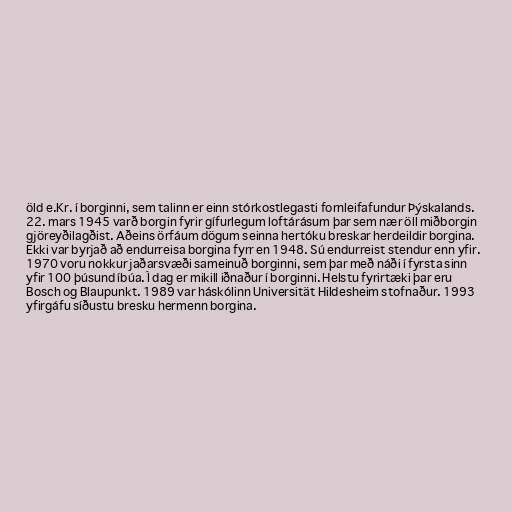
öld e.Kr. í borginni, sem talinn er einn stórkostlegasti fornleifafundur Þýskalands.
22. mars 1945 varð borgin fyrir gífurlegum loftárásum þar sem nær öll miðborgin
gjöreyðilagðist. Aðeins örfáum dögum seinna hertóku breskar herdeildir borgina.
Ekki var byrjað að endurreisa borgina fyrr en 1948. Sú endurreist stendur enn yfir.
1970 voru nokkur jaðarsvæði sameinuð borginni, sem þar með náði í fyrsta sinn
yfir 100 þúsund íbúa. Í dag er mikill iðnaður í borginni. Helstu fyrirtæki þar eru
Bosch og Blaupunkt. 1989 var háskólinn Universität Hildesheim stofnaður. 1993
yfirgáfu síðustu bresku hermenn borgina.